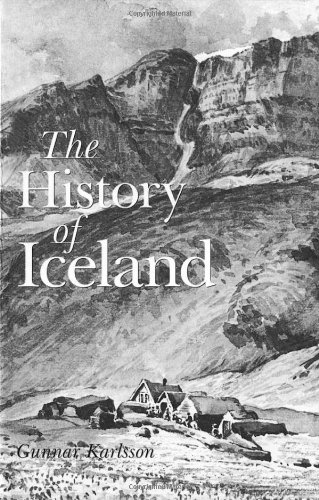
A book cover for The History of Iceland; Gunnar Karlsson; History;